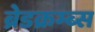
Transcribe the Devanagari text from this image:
ब्रेडक्रम्ब्स